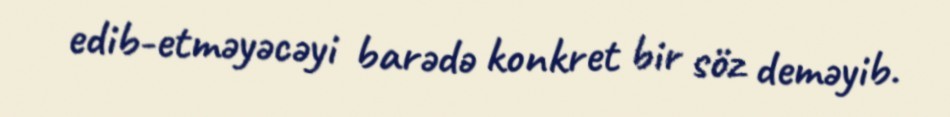
edib-etməyəcəyi barədə konkret bir söz deməyib.